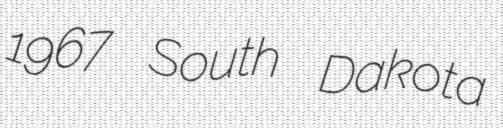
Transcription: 1967 South Dakota